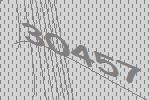
30457